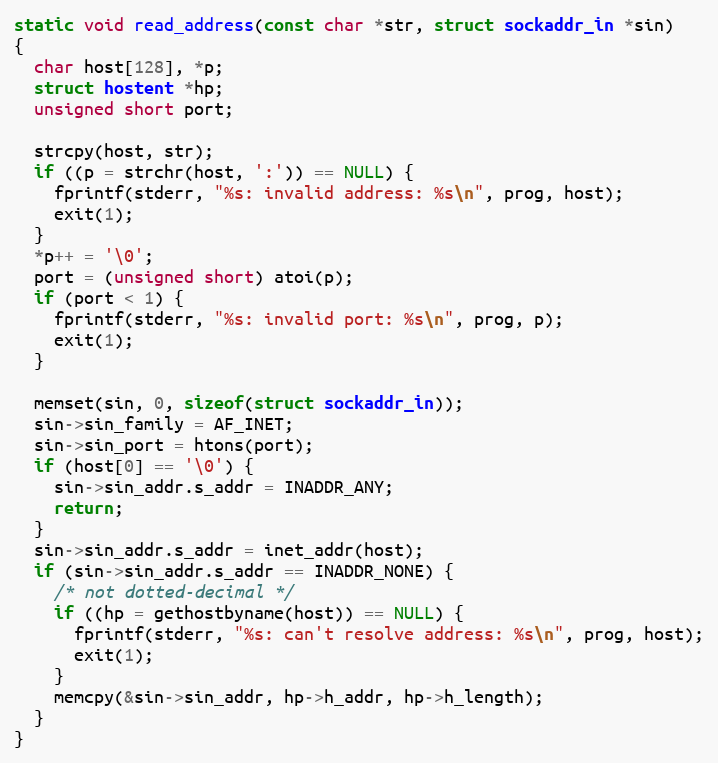
Language: C
static void read_address(const char *str, struct sockaddr_in *sin)
{
  char host[128], *p;
  struct hostent *hp;
  unsigned short port;

  strcpy(host, str);
  if ((p = strchr(host, ':')) == NULL) {
    fprintf(stderr, "%s: invalid address: %s\n", prog, host);
    exit(1);
  }
  *p++ = '\0';
  port = (unsigned short) atoi(p);
  if (port < 1) {
    fprintf(stderr, "%s: invalid port: %s\n", prog, p);
    exit(1);
  }

  memset(sin, 0, sizeof(struct sockaddr_in));
  sin->sin_family = AF_INET;
  sin->sin_port = htons(port);
  if (host[0] == '\0') {
    sin->sin_addr.s_addr = INADDR_ANY;
    return;
  }
  sin->sin_addr.s_addr = inet_addr(host);
  if (sin->sin_addr.s_addr == INADDR_NONE) {
    /* not dotted-decimal */
    if ((hp = gethostbyname(host)) == NULL) {
      fprintf(stderr, "%s: can't resolve address: %s\n", prog, host);
      exit(1);
    }
    memcpy(&sin->sin_addr, hp->h_addr, hp->h_length);
  }
}